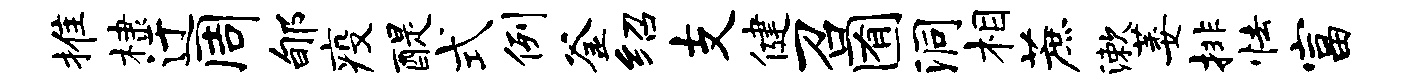
推棣迂周郇疫醍式例釜绍支健召囿洞相蔗漱萎排怯富